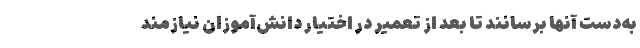
به‌دست آنها برسانند تا بعد از تعمیر در اختیار دانش‌آموزان نیازمند